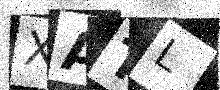
Text: XATL